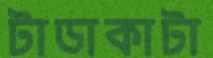
টাডাকাটা